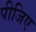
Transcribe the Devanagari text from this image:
पीजिए